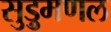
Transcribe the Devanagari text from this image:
सुड़ुमणल